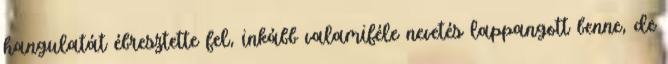
hangulatát ébresztette fel, inkább valamiféle nevetés lappangott benne, de